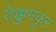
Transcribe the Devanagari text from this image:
तेक्कुमकुर